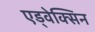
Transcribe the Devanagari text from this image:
एड्वेक्सिन